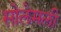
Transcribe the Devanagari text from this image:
सोलेमली